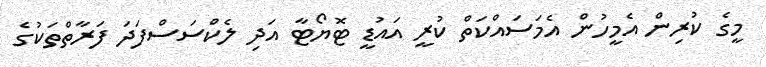
މީގެ ކުރިން އެމީހުން އެމަސައްކަތް ކުރީ އައުޑީ ޓޮޔޯޓާ އަދި ލެކްސަސްފަދަ ފަރާތްތަކުގެ